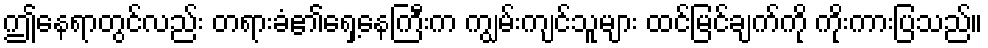
ဤနေရာတွင်လည်း တရားခံ၏ရှေ့နေကြီးက ကျွမ်းကျင်သူများ ထင်မြင်ချက်ကို ကိုးကားပြသည်။